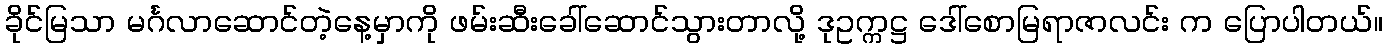
ခိုင်မြသာ မင်္ဂလာဆောင်တဲ့နေ့မှာကို ဖမ်းဆီးခေါ်ဆောင်သွားတာလို့ ဒုဥက္ကဋ္ဌ ဒေါ်စောမြရာဇာလင်း က ပြောပါတယ်။